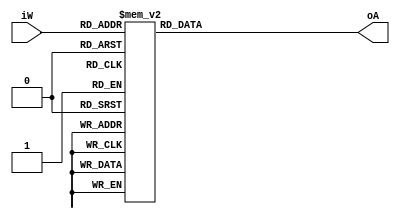
//------------------------------
// Module name: add3_ge5
// Function: Add 3 to input if it is 5 or above
// Creator:  Peter Cheung
// Version:  1.0
//------------------------------

module add3_ge5(iW,oA);

 input [3:0] iW; 
 output reg [3:0] oA;  
 
	always @ (iW)
		case (iW) 
		//****** input <5, pass to output unchanged ******
			4'b0000: oA <= 4'b0000; 
			4'b0001: oA <= 4'b0001; 
			4'b0010: oA <= 4'b0010; 
			4'b0011: oA <= 4'b0011; 
			4'b0100: oA <= 4'b0100;
			
		//****** input >=5, output = input + 3	******	
			4'b0101: oA <= 4'b1000; 
			4'b0110: oA <= 4'b1001; 
			4'b0111: oA <= 4'b1010; 
			4'b1000: oA <= 4'b1011; 
			4'b1001: oA <= 4'b1100;
			4'b1010: oA <= 4'b1101;	
			4'b1011: oA <= 4'b1110;	
			4'b1100: oA <= 4'b1111;	
			default: oA <= 4'b0000; // oA cannot be 13 or larger, else overflow
		endcase 
endmodule